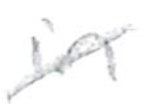
Text: in
Cross-out: diagonal
Writing tool: pencil